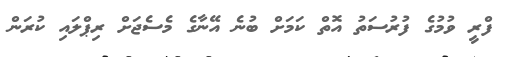
ފްރީ ވުމުގެ ފުރުސަތު އޮތް ކަމަށް ބުނެ އޭނާގެ މެސެޖަށް ރިޕްލައި ކުރަން